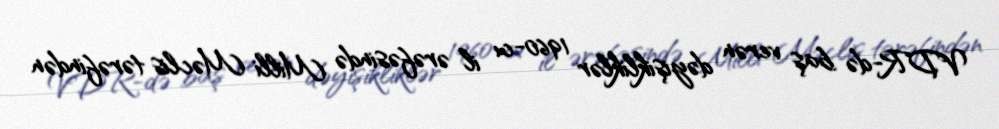
VDR-də baş verən dəyişikliklər 1960-cı il ərəfəsində Milli Məclis tərəfindən